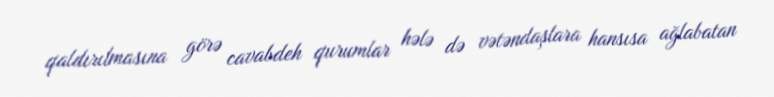
qaldırılmasına görə cavabdeh qurumlar hələ də vətəndaşlara hansısa ağlabatan